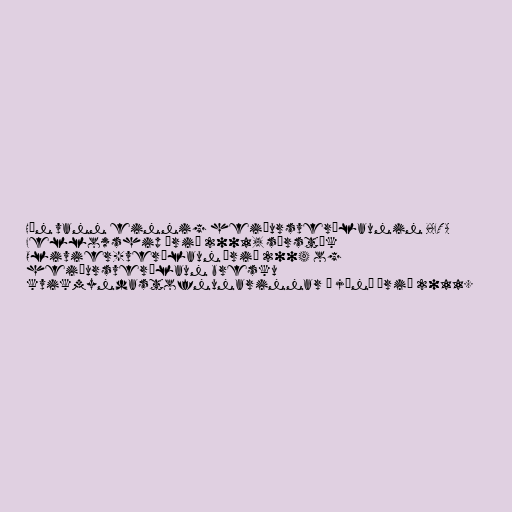
Hún vann einnig heiðursverðlaunin BAFTA
Fellowship árið 2001, sérstök
Olivier-verðlaun árið 2004 og
heiðursverðlaun bresku
kvikmyndastofnunarinnar í júní árið 2011.